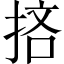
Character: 𢭹